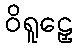
ဝိရူဠှေ